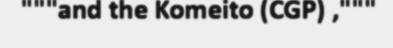
"""and the Komeito (CGP) ,"""